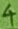
Text: 4